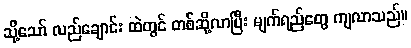
သို့သော် လည်ချောင်း ထဲတွင် တစ်ဆို့လာပြီး မျက်ရည်တွေ ကျလာသည်။